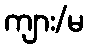
ကျား/မ